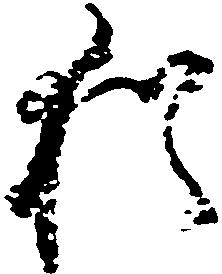
猶